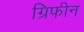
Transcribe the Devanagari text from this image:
ग्रिफीन